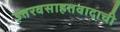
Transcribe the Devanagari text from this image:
उत्तरवसाहतवादाची